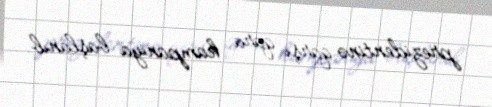
prezidentinə qarşı qara kampaniya başlanıb.